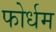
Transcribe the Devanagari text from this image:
फोर्धम